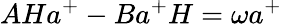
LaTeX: AHa^{+}-Ba^{+}H=\omega a^{+}